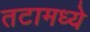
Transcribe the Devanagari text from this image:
तटामध्ये